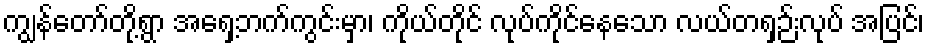
ကျွန်တော်တို့ရွာ အရှေ့ဘက်ကွင်းမှာ၊ ကိုယ်တိုင် လုပ်ကိုင်နေသော လယ်တရှဉ်းလုပ် အပြင်၊